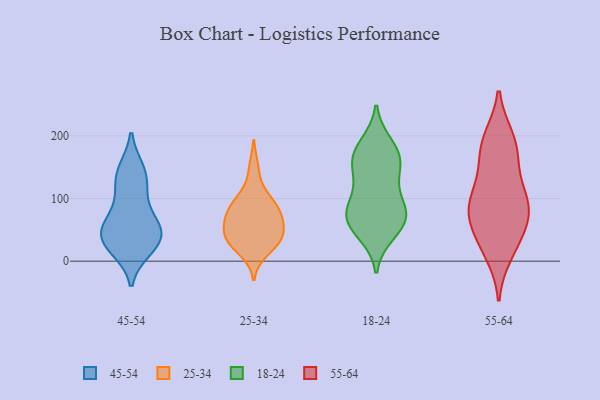
{"axis": {"x": "Satisfaction Score", "y": "Value"}, "legend": ["18-24", "25-34", "45-54", "55-64"], "data": [{"x": "", "y": 53, "type": "45-54"}, {"x": "", "y": 145, "type": "45-54"}, {"x": "", "y": 103, "type": "45-54"}, {"x": "", "y": 47, "type": "45-54"}, {"x": "", "y": 33, "type": "45-54"}, {"x": "", "y": 53, "type": "45-54"}, {"x": "", "y": 142, "type": "45-54"}, {"x": "", "y": 20, "type": "45-54"}, {"x": "", "y": 23, "type": "45-54"}, {"x": "", "y": 38, "type": "45-54"}, {"x": "", "y": 126, "type": "45-54"}, {"x": "", "y": 71, "type": "45-54"}, {"x": "", "y": 37, "type": "25-34"}, {"x": "", "y": 70, "type": "25-34"}, {"x": "", "y": 28, "type": "25-34"}, {"x": "", "y": 69, "type": "25-34"}, {"x": "", "y": 65, "type": "25-34"}, {"x": "", "y": 148, "type": "25-34"}, {"x": "", "y": 37, "type": "25-34"}, {"x": "", "y": 103, "type": "25-34"}, {"x": "", "y": 72, "type": "25-34"}, {"x": "", "y": 92, "type": "25-34"}, {"x": "", "y": 40, "type": "25-34"}, {"x": "", "y": 94, "type": "25-34"}, {"x": "", "y": 39, "type": "25-34"}, {"x": "", "y": 15, "type": "25-34"}, {"x": "", "y": 95, "type": "18-24"}, {"x": "", "y": 144, "type": "18-24"}, {"x": "", "y": 45, "type": "18-24"}, {"x": "", "y": 70, "type": "18-24"}, {"x": "", "y": 78, "type": "18-24"}, {"x": "", "y": 79, "type": "18-24"}, {"x": "", "y": 170, "type": "18-24"}, {"x": "", "y": 185, "type": "18-24"}, {"x": "", "y": 63, "type": "18-24"}, {"x": "", "y": 164, "type": "18-24"}, {"x": "", "y": 60, "type": "18-24"}, {"x": "", "y": 167, "type": "18-24"}, {"x": "", "y": 127, "type": "18-24"}, {"x": "", "y": 146, "type": "55-64"}, {"x": "", "y": 85, "type": "55-64"}, {"x": "", "y": 187, "type": "55-64"}, {"x": "", "y": 12, "type": "55-64"}, {"x": "", "y": 97, "type": "55-64"}, {"x": "", "y": 107, "type": "55-64"}, {"x": "", "y": 26, "type": "55-64"}, {"x": "", "y": 62, "type": "55-64"}, {"x": "", "y": 72, "type": "55-64"}, {"x": "", "y": 93, "type": "55-64"}, {"x": "", "y": 196, "type": "55-64"}, {"x": "", "y": 192, "type": "55-64"}, {"x": "", "y": 34, "type": "55-64"}, {"x": "", "y": 158, "type": "55-64"}, {"x": "", "y": 77, "type": "55-64"}]}